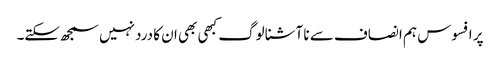
پر افسوس ہم انصاف سے نا آشنا لوگ کبھی بھی ان کا درد نہیں سمجھ سکتے۔